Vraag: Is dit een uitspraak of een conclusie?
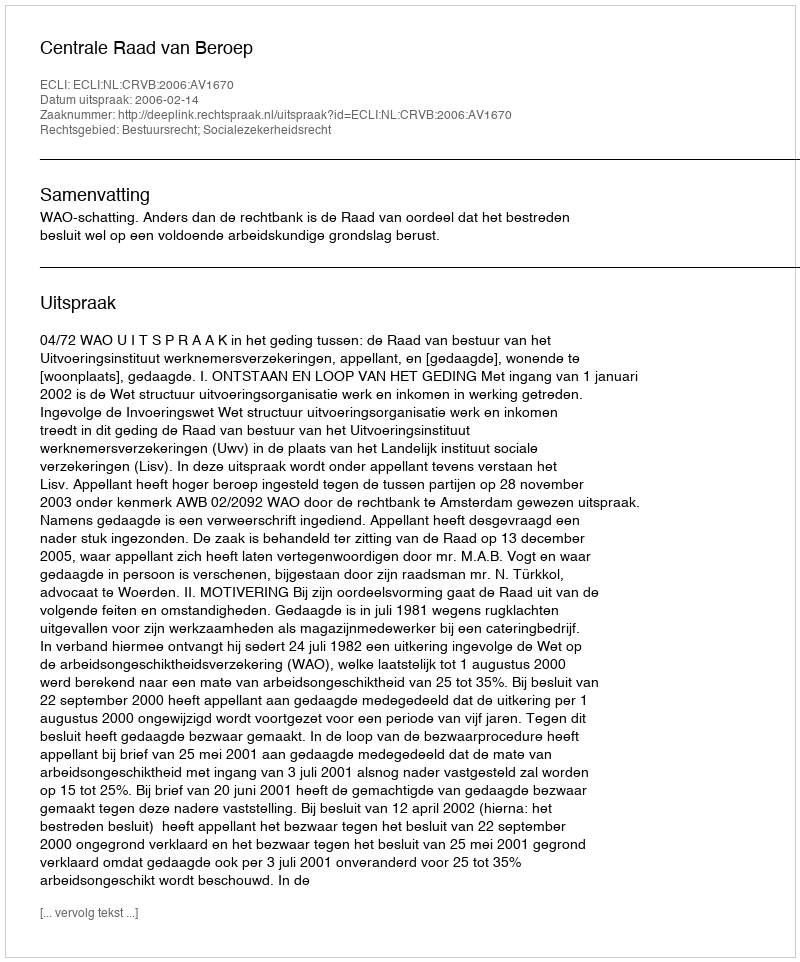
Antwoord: Uitspraak